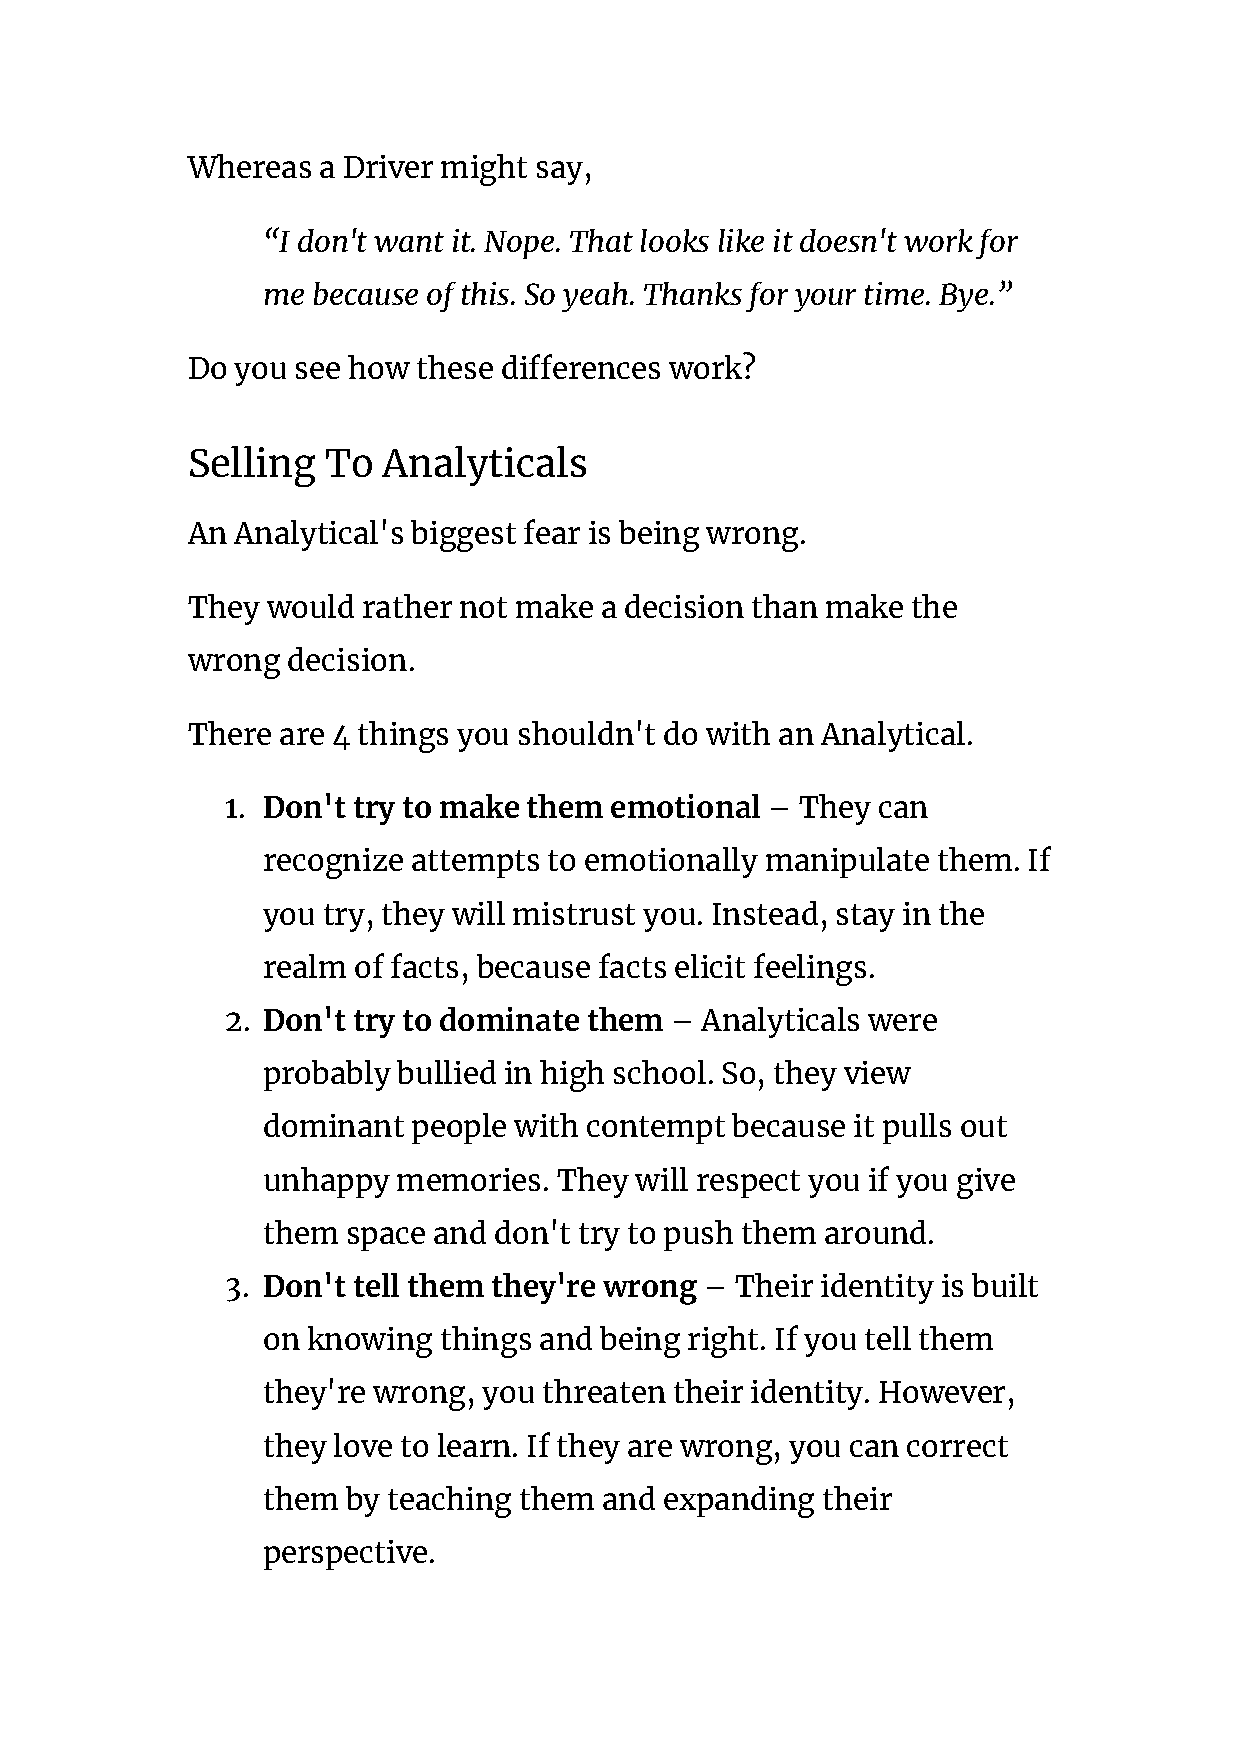
Whereas  a Driver might say,
 “I don't want it. Nope. That looks like it doesn't work for
 me  because of this. So yeah. Thanks for your time. Bye.”
 Do  you see how these differences work?
 Selling  To  Analyticals
 An  Analytical's biggest fear is being wrong.
 They  would rather not make a decision than make the
 wrong  decision.
 There are 4 things you shouldn't do with an Analytical.
 1. Don't try to make them emotional​ – They can
 recognize attempts to emotionally manipulate them. If
 you try, they will mistrust you. Instead, stay in the
 realm of facts, because facts elicit feelings.
 2. Don't try to dominate them​ – Analyticals were
 probably bullied in high school. So, they view
 dominant  people with contempt because it pulls out
 unhappy  memories.  They will respect you if you give
 them  space and don't try to push them around.
 3. Don't tell them they're wrong​ – Their identity is built
 on knowing  things and being right. If you tell them
 they're wrong, you threaten their identity. However,
 they love to learn. If they are wrong, you can correct
 them  by teaching them and expanding their
 perspective.